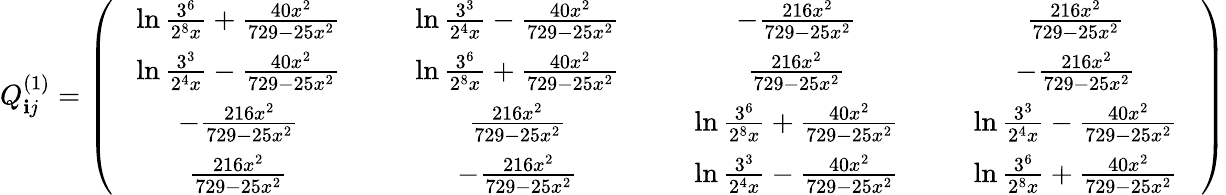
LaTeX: Q_{\mathbf{i}j}^{(1)}=\left(\begin{array}{cccc}{{\; \; \; \ln\frac{3^{6}}{2^{8}x}+\frac{40x^{2}}{729-25x^{2}}\; \; \; }}&{{\; \; \; \ln\frac{3^{3}}{2^{4}x}-\frac{40x^{2}}{729-25x^{2}}\; \; \; }}&{{-\frac{216x^{2}}{729-25x^{2}}}}&{{\frac{216x^{2}}{729-25x^{2}}}}\\ {{\ln\frac{3^{3}}{2^{4}x}-\frac{40x^{2}}{729-25x^{2}}}}&{{\ln\frac{3^{6}}{2^{8}x}+\frac{40x^{2}}{729-25x^{2}}}}&{{\frac{216x^{2}}{729-25x^{2}}}}&{{-\frac{216x^{2}}{729-25x^{2}}}}\\ {{-\frac{216x^{2}}{729-25x^{2}}}}&{{\frac{216x^{2}}{729-25x^{2}}}}&{{\; \; \; \ln\frac{3^{6}}{2^{8}x}+\frac{40x^{2}}{729-25x^{2}}\; \; \; }}&{{\; \; \; \ln\frac{3^{3}}{2^{4}x}-\frac{40x^{2}}{729-25x^{2}}\; \; \; }}\\ {{\frac{216x^{2}}{729-25x^{2}}}}&{{-\frac{216x^{2}}{729-25x^{2}}}}&{{\ln\frac{3^{3}}{2^{4}x}-\frac{40x^{2}}{729-25x^{2}}}}&{{\ln\frac{3^{6}}{2^{8}x}+\frac{40x^{2}}{729-25x^{2}}}}\end{array}\right)